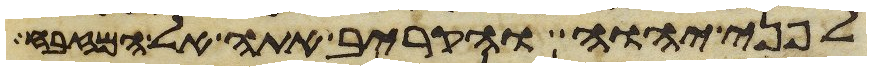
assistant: לפני יהוה והקריב אתה אל המזבח